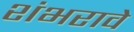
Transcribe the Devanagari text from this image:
शंभरावे